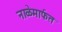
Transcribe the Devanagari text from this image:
नाळेमार्फत